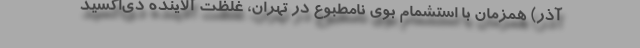
آذر) همزمان با استشمام بوی نامطبوع در تهران، غلظت آلاینده دی‌اکسید